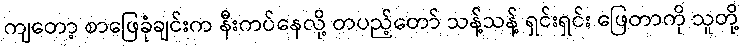
ကျတော့ စာဖြေခုံချင်းက နီးကပ်နေလို့ တပည့်တော် သန့်သန့် ရှင်းရှင်း ဖြေတာကို သူတို့